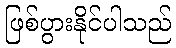
ဖြစ်ပွားနိုင်ပါသည်